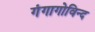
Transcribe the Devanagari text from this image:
गंगागोविन्द